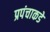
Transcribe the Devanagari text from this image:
प्रपंचाकडे